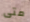
متى